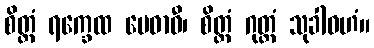
စိတ္တံ ရက္ခေထ မေဓာဝီ၊ စိတ္တံ ဂုတ္တံ သုခါဝဟံ။